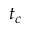
t _ { c }